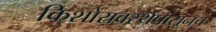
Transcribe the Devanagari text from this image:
किशोरावस्थेपासूनच